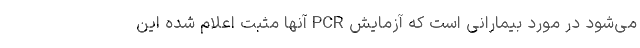
می‌شود در مورد بیمارانی است که آزمایش PCR آنها مثبت اعلام شده این